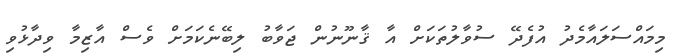
މިމައްސަލައާމެދު އުފެދޭ ސުވާލުތަކަށް އާ ޤާނޫނުން ޖަވާބު ލިބޭނެކަމަށް ވެސް އާޒިމާ ވިދާޅުވި